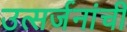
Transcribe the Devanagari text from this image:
उत्सर्जनांची